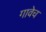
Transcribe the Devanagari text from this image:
गावेच